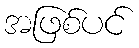
အဖြစ်ပင်